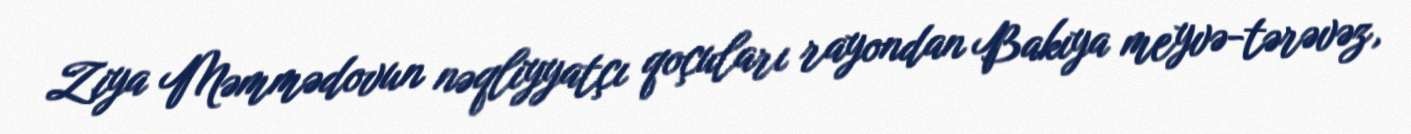
Ziya Məmmədovun nəqliyyatçı qoçuları rayondan Bakıya meyvə-tərəvəz,